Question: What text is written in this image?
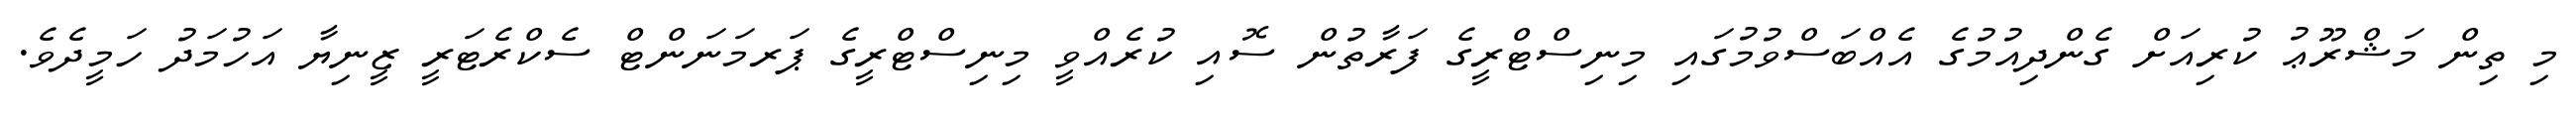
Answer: މި ތިން މަޝްރޫޢު ކުރިއަށް ގެންދިއުމުގެ އެއްބަސްވުމުގައި މިނިސްޓްރީގެ ފަރާތުން ސޮއި ކުރެއްވީ މިނިސްޓްރީގެ ޕަރމަނަންޓް ސެކްރެޓަރީ ޒީނިޔާ އަހުމަދު ހަމީދެވެ.